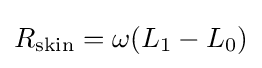
R_{\mathrm {skin} }=\omega (L_{1}-L_{0})